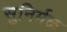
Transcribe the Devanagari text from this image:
सुनिर्मळ